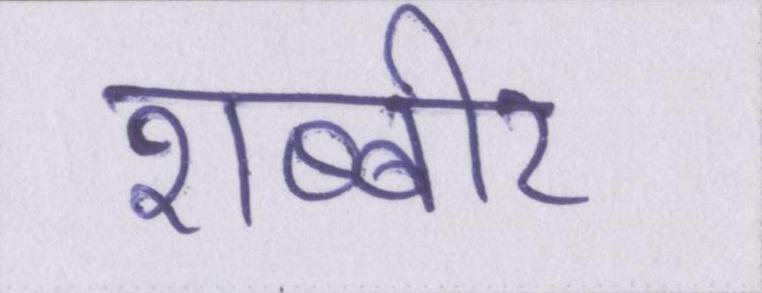
शब्बीर